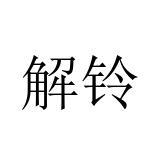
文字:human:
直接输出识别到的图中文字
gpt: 解铃